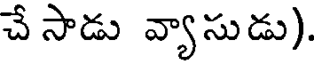
చే సాడు వ్యాసుడు).